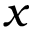
x